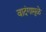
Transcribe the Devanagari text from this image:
वादंगामुळे